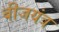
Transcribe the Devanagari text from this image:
बीजयंत्र